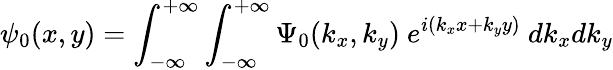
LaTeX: \psi_{0}(x,y)=\int_{-\infty}^{+\infty}\int_{-\infty}^{+\infty}\Psi_{0}(k_{x},k_{y})~e^{i(k_{x}x+k_{y}y)}~dk_{x}dk_{y}